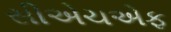
સીએચએફ